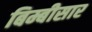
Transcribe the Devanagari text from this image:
बिम्बीसार